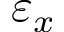
\varepsilon _ { x }